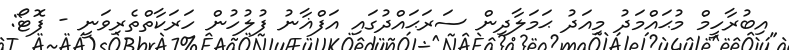
އިބުރާހީމް މުޙައްމަދު މިއަދު ޙަމަލާދިން ސަރަޙައްދުގައި އަފްޣާނު ފުލުހުން ހަރަކާތްތެރިވަނީ - ފޮޓޯ: